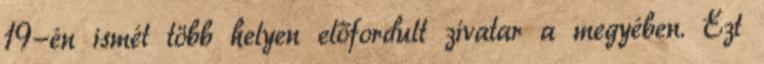
19-én ismét több helyen előfordult zivatar a megyében. Ezt